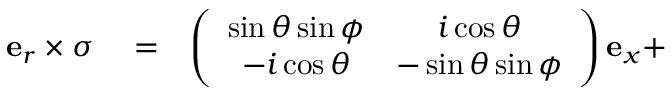
\begin{array} { r l r } { \mathbf { e } _ { r } \times \boldsymbol \sigma } & { { } = } & { \left( \begin{array} { c c } { \sin \theta \sin \phi } & { i \cos \theta } \\ { - i \cos \theta } & { - \sin \theta \sin \phi } \end{array} \right) \mathbf { e } _ { x } + } \end{array}